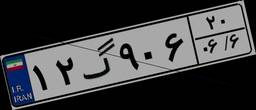
۱۲گ۹۰۶۲۰